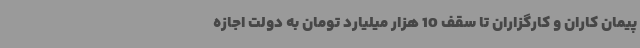
پیمان کاران و کارگزاران تا سقف 10 هزار میلیارد تومان به دولت اجازه